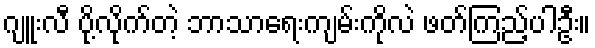
ဂျူးလီ ပို့လိုက်တဲ့ ဘာသာရေးကျမ်းကိုလဲ ဖတ်ကြည့်ပါဦး။